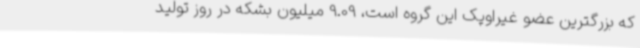
که بزرگترین عضو غیراوپک این گروه است، 9.09 میلیون بشکه در روز تولید